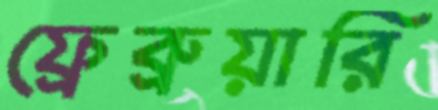
ফ্রেব্রুয়ারি